Annual report of lunatic asylums [Bombay] - 1912-1922
Year: 1912
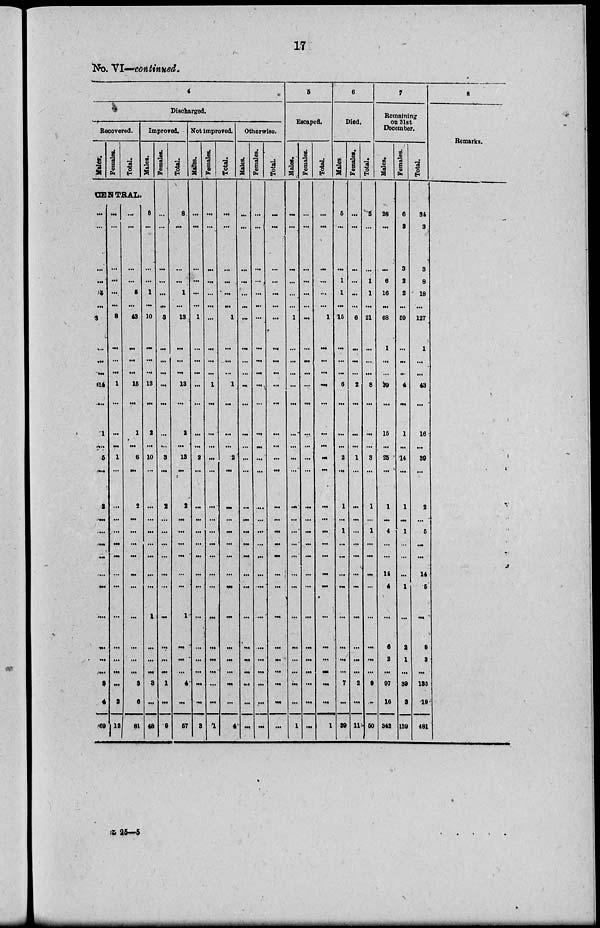
17
No. VI—continued.
4
Discharged.
Recovered.
Males.
Females.
Total.
Improved.
Males.
CENTRAL.
...
...
...
...
5
...
3
...
...
...
14
...
1
...
5
...
2
...
...
...
...
...
...
...
...
...
...
3
4
69
...
...
...
...
...
...
8
...
...
...
1
...
...
...
1
. ..
...
...
...
...
...
...
...
...
...
...
...
...
2
12
...
...
...
...
5
...
43
...
...
...
15
...
1
...
6
...
2
...
...
...
...
...
...
...
...
...
...
3
6
81
8
...
...
1
...
10
...
. ..
. ..
13
...
2
...
10
...
...
...
...
...
...
...
...
1
...
...
...
3
...
48
Females.
...
...
...
...
...
...
3
...
...
...
...
...
...
...
3
...
2
...
...
...
...
...
...
...
...
...
...
1
...
9
Total.
8
...
...
..
1
...
13
...
...
...
13
...
2
...
13
...
2
...
...
...
...
...
...
1
...
...
...
4
...
57
Not improved.
Males.
...
...
...
....
...
...
1
...
...
...
...
...
...
...
2
...
...
...
...
...
...
...
...
...
...
. ..
...
...
...
3
Females.
...
...
...
...
...
...
...
...
...
...
1
...
...
...
...
...
...
...
...
...
...
. ..
...
...
...
...
...
...
...
1
Total.
...
...
... .
...
...
...
1
...
...
...
1
...
...
...
2
...
...
...
...
...
...
...
...
...
...
...
...
...
...
4
Otherwise.
Males.
...
...
...
...
...
...
...
...
...
...
...
...
...
...
...
...
...
...
...
...
..
...
...
...
...
...
...
...
...
...
Females.
...
...
...
...
...
...
...
...
...
...
...
...
...
...
...
...
...
...
...
...
...
...
...
....
...
...
...
...
...
...
Total.
...
...
...
...
...
...
...
...
...
...
...
...
...
...
...
...
...
...
...
...
...
...
...
...
...
...
...
...
...
...
5
Escaped.
Males.
...
...
...
...
...
...
1
...
...
...
...
...
...
...
...
. ..
....
...
...
...
...
...
...
...
...
...
...
...
...
1
Females.
...
...
...
...
...
...
...
...
...
...
...
...
...
...
...
...
..
...
...
...
...
...
...
...
...
...
...
...
...
...
Total.
...
...
...
...
...
...
1
...
...
...
...
...
...
...
...
...
...
...
...
...
...
...
...
...
...
...
...
...
...
1
6
Died.
Males.
5
...
...
1
1
...
15
...
...
...
6
...
...
...
2
...
1
...
1
...
...
...
...
...
...
...
...
7
...
39
Females.
...
...
...
...
...
...
6
...
...
...
2
...
...
...
1
...
...
...
...
...
...
...
...
...
...
...
...
2
...
11
Total.
5
...
1
1
...
21
...
...
...
8
...
...
...
3
...
1
...
1
...
...
...
...
...
...
...
...
9
..
50
7
Remaining
on 31st
December.
Males.
28
...
...
6
16
...
68
1
...
...
39
...
15
...
25
...
1
...
4
...
...
14
4
...
6
2
...
97
16
342
Females.
6
3
3
2
2
...
59
...
...
...
4
...
1
...
14
...
1
...
1
...
...
...
1
. ..
2
1
...
39
3
139
Total.
34
3
3
8
18
. ..
127
1
...
...
43
...
16
...
39
...
2
. ..
5
...
...
14
5
...
8
3
...
136
19
481
8
Remarks.
L 25—5